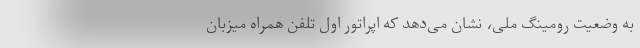
به وضعیت رومینگ ملی، نشان می‌دهد که اپراتور اول تلفن همراه میزبان